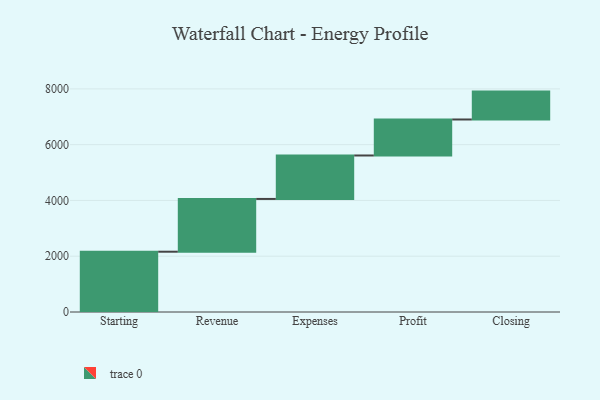
{"axis": {"x": "Step", "y": "Value"}, "legend": [""], "data": [{"x": "Starting", "y": 2162.0, "type": ""}, {"x": "Revenue", "y": 1892.0, "type": ""}, {"x": "Expenses", "y": 1558.0, "type": ""}, {"x": "Profit", "y": 1291.0, "type": ""}, {"x": "Closing", "y": 1000, "type": ""}]}